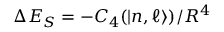
\Delta E _ { S } = - C _ { 4 } ( | n , \ell \rangle ) / R ^ { 4 }